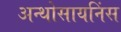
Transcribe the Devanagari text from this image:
अन्थोसायनिंस